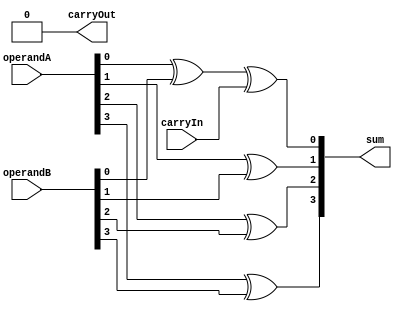
module Kogge_Stone_Adder (
    input [3:0] operandA,
    input [3:0] operandB,
    input carryIn,
    output [3:0] sum,
    output carryOut
);

wire [3:0] sum_int;
wire [3:0] carry_int;

// Combinational Logic Blocks
assign {carry_int[0], sum_int[0]} = operandA[0] ^ operandB[0] ^ carryIn;
assign {carry_int[1], sum_int[1]} = operandA[1] ^ operandB[1] ^ carry_int[0];
assign {carry_int[2], sum_int[2]} = operandA[2] ^ operandB[2] ^ carry_int[1];
assign {carry_int[3], sum_int[3]} = operandA[3] ^ operandB[3] ^ carry_int[2];

assign carryOut = carry_int[3];
assign sum = sum_int;

endmodule